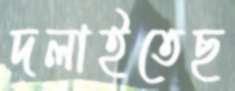
দলাইতেছ